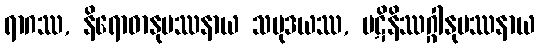
ရာဂဿ, နိရောဓာနုပဿနာယ သမုဒယဿ, ပဋိနိဿဂ္ဂါနုပဿနာယ